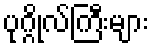
ပုဂ္ဂိုလ်ကြီးများ